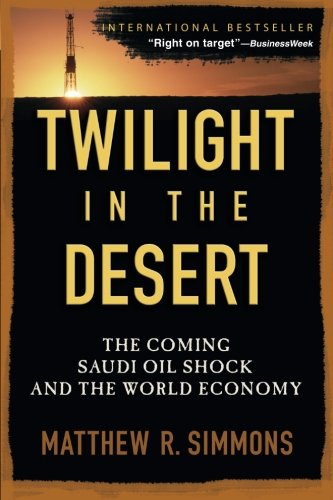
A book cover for Twilight in the Desert: The Coming Saudi Oil Shock and the World Economy; Matthew R. Simmons; Business & Money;